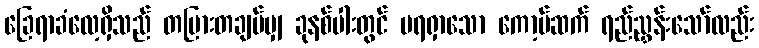
ခြေရာခံလေ့ရှိသည် တပြားတချပ်မျှ ခုနစ်ပါးတွင် မရရှာသော ကော့ပ်ဆက် ရည်ညွှန်းသော်လည်း